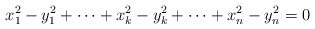
\begin{align*}x_1^2 - y_1^2 + \dotsb + x_k^2 - y_k^2 + \dotsb + x_n^2 - y_n^2 = 0 \\\end{align*}